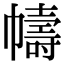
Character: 幬